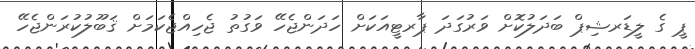
ޕީ ގެ ލީޑަރޝިޕް ބަދަލުކޮށް ވަރުގަދަ ޕާރޓީއަކަށް ހަދަންޖެހޭ ވަގުތު ޖެހިއްޖެކަމަށް ޤަބޫލުކުރަންޖެހޭ